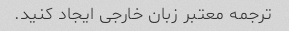
ترجمه معتبر زبان خارجی ایجاد کنید.